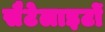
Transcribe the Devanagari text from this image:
सैटेलाइटों